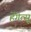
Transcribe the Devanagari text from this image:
हेंगेत्सू